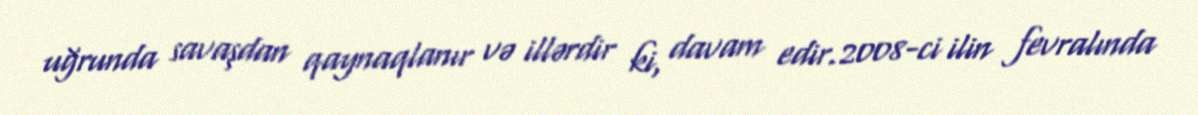
uğrunda savaşdan qaynaqlanır və illərdir ki, davam edir.2008-ci ilin fevralında